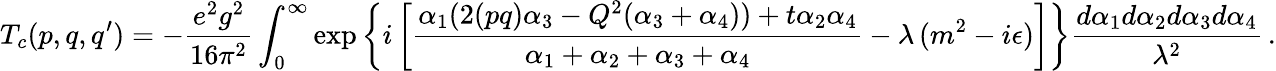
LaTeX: T_{c}(p,q,q^{\prime})=-\frac{e^{2}g^{2}}{16\pi^{2}}\int_{0}^{\infty}\exp\left\{ i\left[{\frac{\alpha_{1}(2(pq)\alpha_{3}-Q^{2}(\alpha_{3}+\alpha_{4}))+t\alpha_{2}\alpha_{4}}{\alpha_{1}+\alpha_{2}+\alpha_{3}+\alpha_{4}}}-\lambda\, (m^{2}-i\epsilon)\right]\right\} \frac{d\alpha_{1}d\alpha_{2}d\alpha_{3}d\alpha_{4}}{\lambda^{2}}\, .